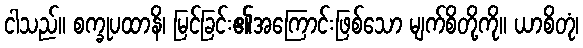
ငါသည်။ စက္ခုပထာနိ၊ မြင်ခြင်း၏အကြောင်းဖြစ်သော မျက်စိတို့ကို။ ယာစိတုံ၊